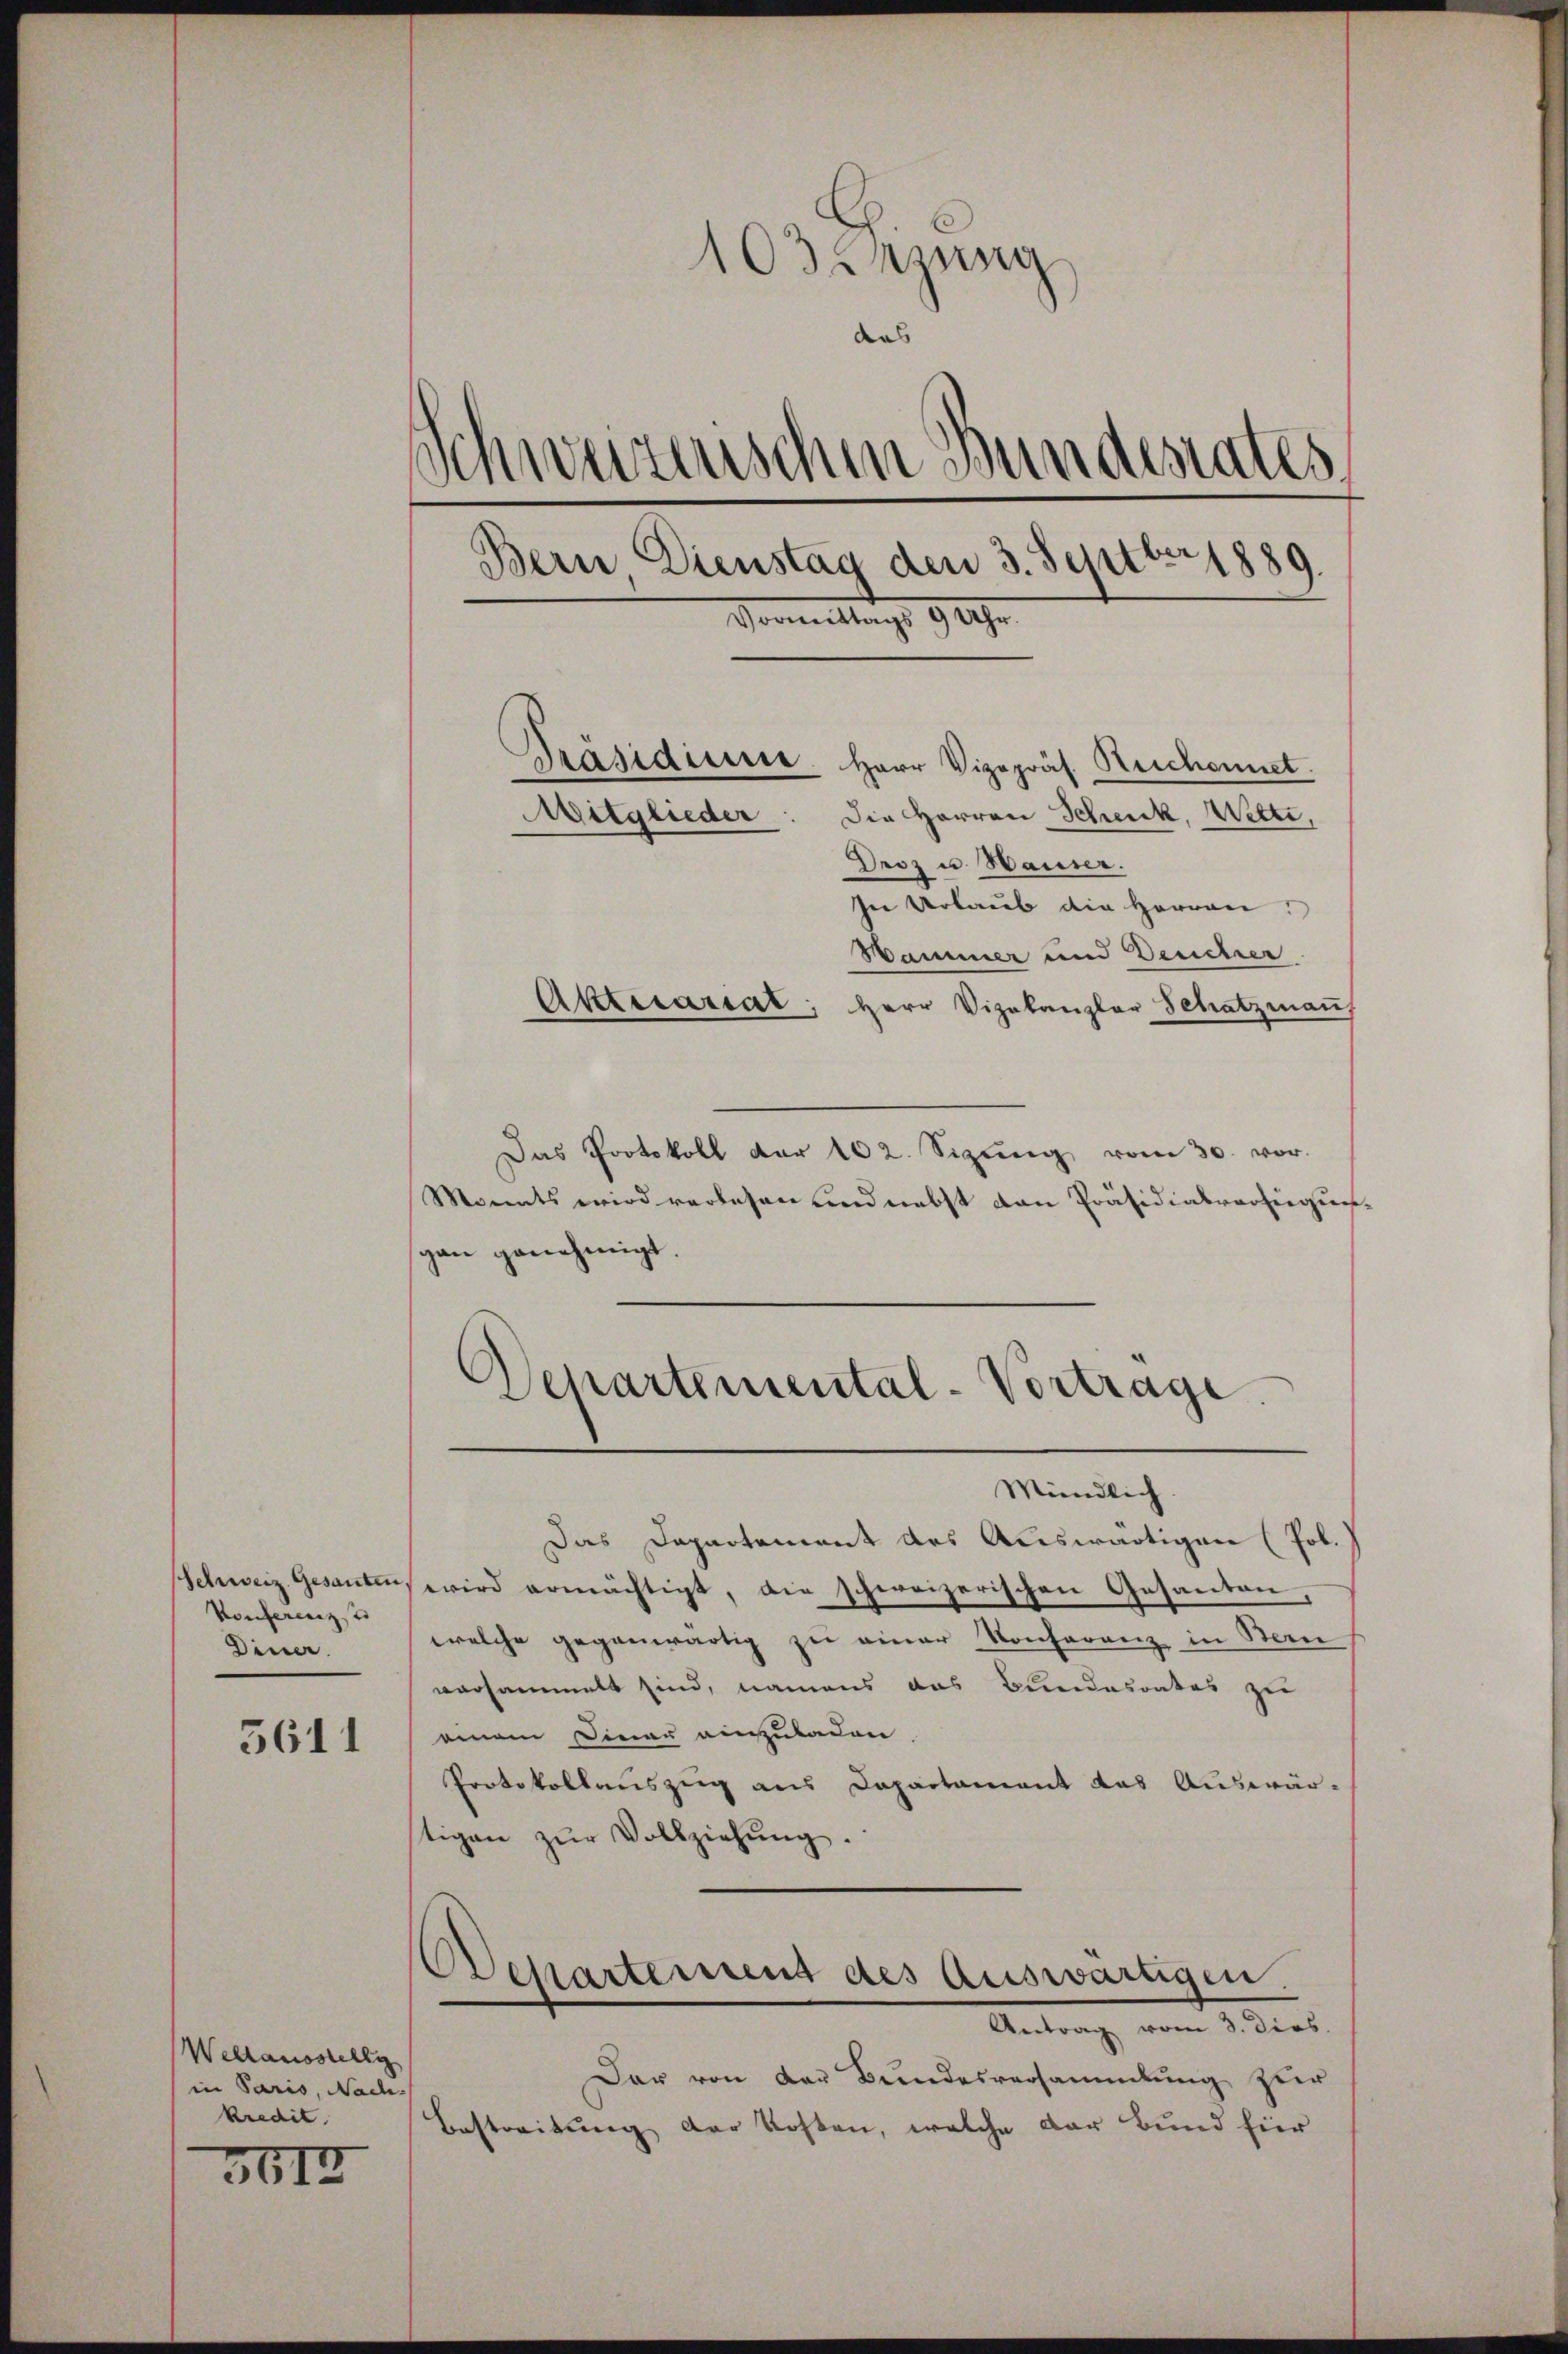
Schweiz. Gesanten
Konferenz u
Diner.

5611

Weltausstellg
in Paris, Nach-
kredit.

3612

103. ung
das
Schweizenschen Bundesrates
Bern, Dienstag den 3. Septbr. 1889.
Vormittags 9 Uhr
Präsidiene. Herr Vizepräs. Reichennet.
Die Herren Schenk, Wette,
Mitglieder
Droz u. Hauser.

In Urlaub die Herren
Hammer und Deucher
Akttecariat, Herr Vizekanzler Schatzman
Das Protokoll der 102. Sizŭng vom 30. vor.
Monats wird verlesen und nebst von Präsidialverfügungan genehmigt.
Separtemental-Vortrage.
Mündlich.
Das Departement des Auswärtigen (Pol.)
wird ermächtigt, die schweizerischen Gesanden,
welche gegenwärtig zu einer Konferenz in Bern,
versammelt sind, namens das Bundesrates zu
einem Dinau anzuladen
Protokollauszug aus Dapartament das Auswär-
stigen zŭr Vollziehŭng.
Departement des Auswärtigen.
Antrag vom 2. dies
Der von der Bundesversammlung zur
Bestreitung der Kosten, welche der Bund für